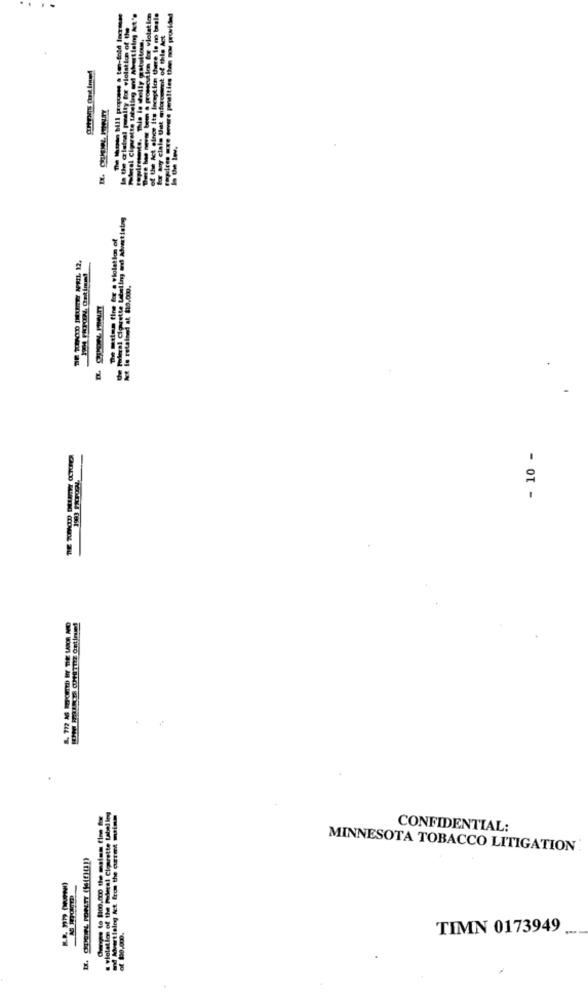
of the Act since Its Inception there is no tasle
Fopres ure ervare perulties then wow provided
In the a'lainal paraity for violation of the
fox any clale Uat aiforement of this Act
---
The melen tine fre a violation of
le retains at $10,000.
- 10 -
CONFIDENTIAL:
MINNESOTA TOBACCO LITIGATION
TIMN 0173949